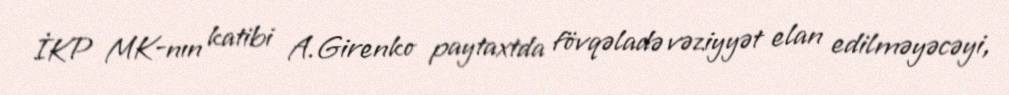
İKP MK-nın katibi A.Girenko paytaxtda fövqəladə vəziyyət elan edilməyəcəyi,